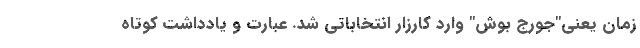
زمان یعنی"جورج بوش" وارد کارزار انتخاباتی شد. عبارت و یادداشت کوتاه